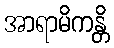
အာရာမိကန္တိ